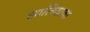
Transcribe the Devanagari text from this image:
सालिंदराचा